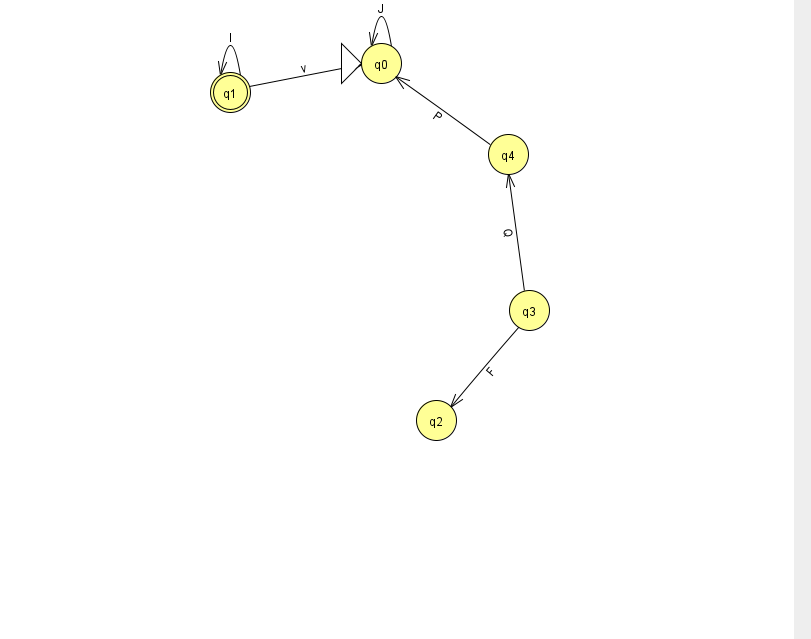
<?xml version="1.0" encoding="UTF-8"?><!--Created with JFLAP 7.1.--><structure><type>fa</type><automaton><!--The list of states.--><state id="0" name="q0"><x>381.0</x><y>50.0</y><initial/></state><state id="1" name="q1"><x>230.0</x><y>79.0</y><final/></state><state id="2" name="q2"><x>436.0</x><y>407.0</y></state><state id="3" name="q3"><x>529.0</x><y>297.0</y></state><state id="4" name="q4"><x>508.0</x><y>141.0</y></state><!--The list of transitions.--><transition><from>1</from><to>0</to><read>v</read></transition><transition><from>3</from><to>4</to><read>Q</read></transition><transition><from>0</from><to>0</to><read>J</read></transition><transition><from>4</from><to>0</to><read>P</read></transition><transition><from>1</from><to>1</to><read>l</read></transition><transition><from>3</from><to>2</to><read>F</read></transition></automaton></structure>